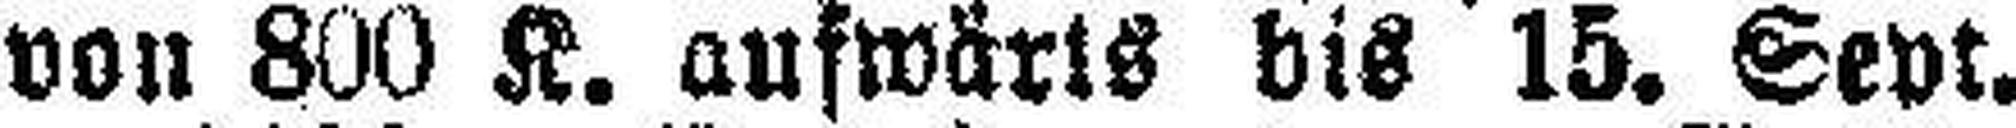
von 800 K. aufwärts bis 15. Sept.